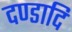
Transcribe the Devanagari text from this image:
दण्डादि